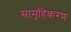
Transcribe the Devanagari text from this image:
सामूहिकरण